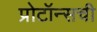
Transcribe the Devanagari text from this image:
प्रोटॉन्सची